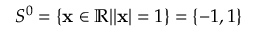
S ^ { 0 } = \{ { \bf x } \in \mathbb { R } | | { \bf x } | = 1 \} = \{ - 1 , 1 \}